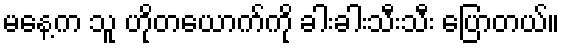
မနေ့က သူ ဟိုတယောက်ကို ခါးခါးသီးသီး ပြောတယ်။